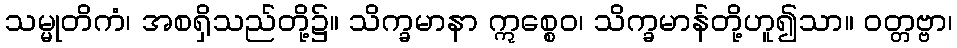
သမ္မုတိကံ၊ အစရှိသည်တို့၌။ သိက္ခမာနာ ဣစ္စေဝ၊ သိက္ခမာန်တို့ဟူ၍သာ။ ဝတ္တဗ္ဗာ၊